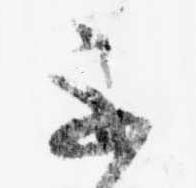
不